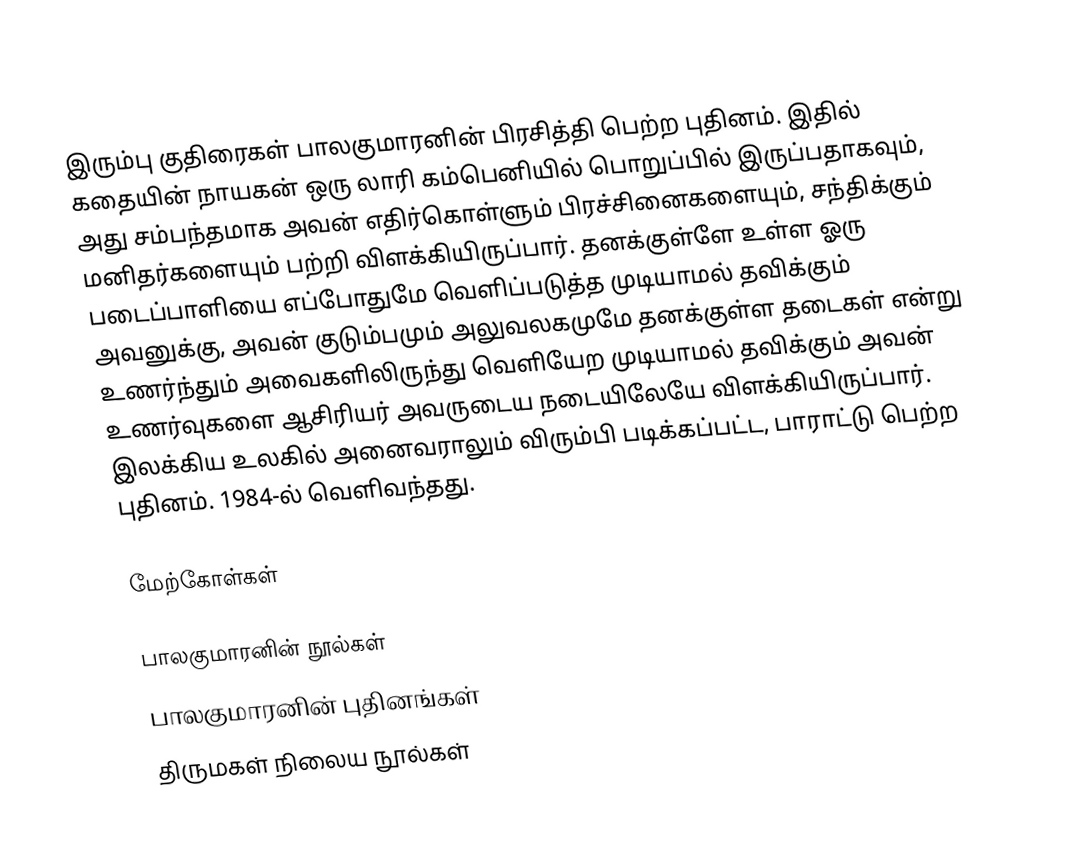
இரும்பு குதிரைகள் பாலகுமாரனின் பிரசித்தி பெற்ற புதினம். இதில் கதையின் நாயகன் ஒரு லாரி கம்பெனியில் பொறுப்பில் இருப்பதாகவும், அது சம்பந்தமாக அவன் எதிர்கொள்ளும் பிரச்சினைகளையும், சந்திக்கும் மனிதர்களையும் பற்றி விளக்கியிருப்பார். தனக்குள்ளே உள்ள ஓரு படைப்பாளியை எப்போதுமே வெளிப்படுத்த முடியாமல் தவிக்கும் அவனுக்கு, அவன் குடும்பமும் அலுவலகமுமே தனக்குள்ள தடைகள் என்று உணர்ந்தும் அவைகளிலிருந்து வெளியேற முடியாமல் தவிக்கும் அவன் உணர்வுகளை ஆசிரியர் அவருடைய நடையிலேயே விளக்கியிருப்பார். இலக்கிய உலகில் அனைவராலும் விரும்பி படிக்கப்பட்ட, பாராட்டு பெற்ற புதினம். 1984-ல் வெளிவந்தது.

மேற்கோள்கள்

 பாலகுமாரனின் நூல்கள்
பாலகுமாரனின் புதினங்கள்
திருமகள் நிலைய நூல்கள்